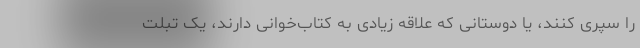
را سپری کنند، یا دوستانی که علاقه زیادی به کتاب‌خوانی دارند، یک تبلت